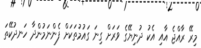
މިރޭ ރާއްޖެ އާއި އެކު ދުނިޔޭގެ ވަރަށް ގިނަ ގައުމުތަކަށް ފެންނަމުންދާ ހަނދުކޭތަ